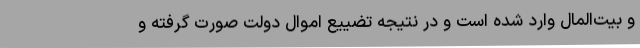
و بیت‌المال وارد شده است و در نتیجه تضییع اموال دولت صورت گرفته و